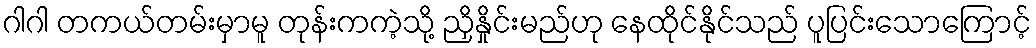
ဂါဂါ တကယ်တမ်းမှာမူ တုန်းကကဲ့သို့ ညှိနှိုင်းမည်ဟု နေထိုင်နိုင်သည် ပူပြင်းသောကြောင့်